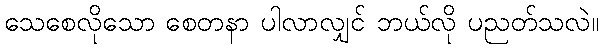
သေစေလိုသော စေတနာ ပါလာလျှင် ဘယ်လို ပညတ်သလဲ။